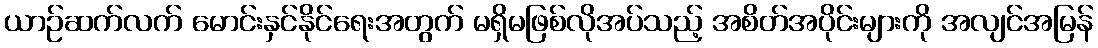
ယာဉ်ဆက်လက် မောင်းနှင်နိုင်ရေးအတွက် မရှိမဖြစ်လိုအပ်သည့် အစိတ်အပိုင်းများကို အလျင်အမြန်